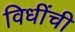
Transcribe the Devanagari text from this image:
विधींची